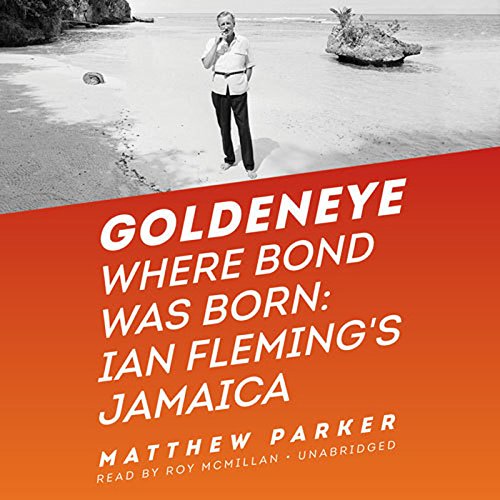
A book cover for Goldeneye: Where Bond Was Born; Ian Fleming's Jamaica; Matthew Parker; Travel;